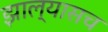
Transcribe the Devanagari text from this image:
झाल्यासच